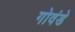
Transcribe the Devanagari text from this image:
गोवंडे